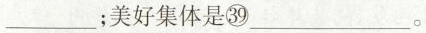
___；美好集体是㊴___。